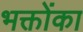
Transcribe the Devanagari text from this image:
भक्तोंका